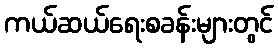
ကယ်ဆယ်ရေးစခန်းများတွင်